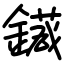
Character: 䥠